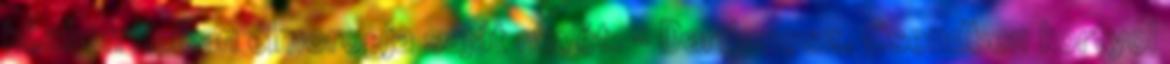
közben halkan elmorogja saját nevét. - Dardanosz. Csendben kortyol